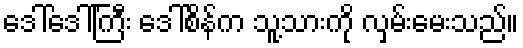
ဒေါ်ဒေါ်ကြီး ဒေါ်စိန်က သူ့သားကို လှမ်းမေးသည်။